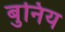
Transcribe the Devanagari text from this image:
बुनिय